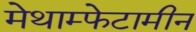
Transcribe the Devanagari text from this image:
मेथाम्फेटामीन